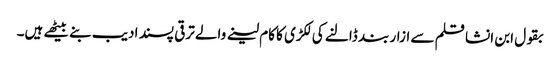
بقول ابن انشا قلم سے ازار بند ڈالنے کی لکڑی کا کام لینے والے ترقی پسند ادیب بنے بیٹھے ہیں۔